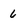
Character: 6